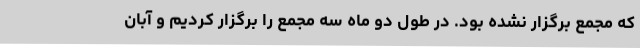
که مجمع برگزار نشده بود. در طول دو ماه سه مجمع را برگزار کردیم و آبان